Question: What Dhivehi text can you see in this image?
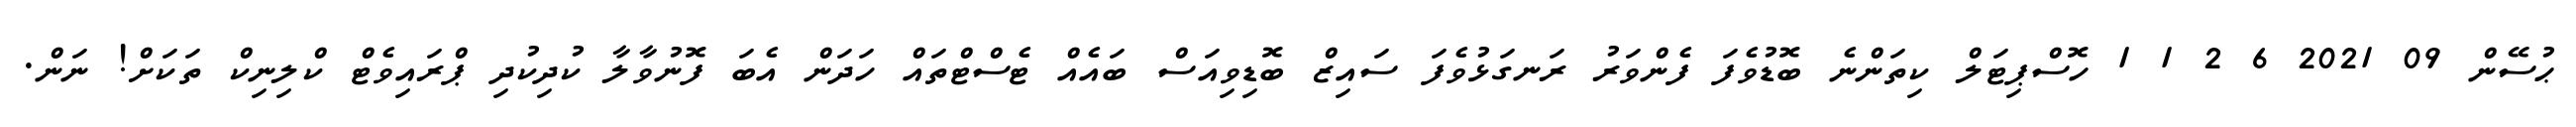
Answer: ޙުސޭން 09 2021 6 2 1 1 ހޮސްޕިޓަލް ކިތަންނެ ބޮޑުވެފަ ފެންވަރު ރަނގަޅުވެފަ ސައިޒް ބޮޑިވިއަސް ބައެއް ޓެސްޓްތައް ހަދަން އެބަ ފޮނުވާލާ ކުދިކުދި ޕްރައިވެޓް ކްލިނިކް ތަކަށް! ނަން.